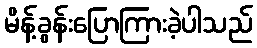
မိန့်ခွန်းပြောကြားခဲ့ပါသည်